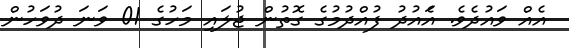
އެއް ވައުދެވެ. އެައުދު ފުއްދުމުގެ ގޮތުން ޖުލައި މަހުގެ 01 ވަނަ ދުވަހުން